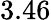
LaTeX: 3.46